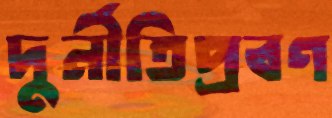
দুর্নীতিপ্রবণ